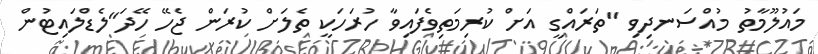
މައުލޫމާތު މުއްސަނދިވި "ތަރައްގީ އަށް ކުރިމަތިވެފައިވާ ހުރަހަކީ ތެލަށް ކުރަން ޖެހޭ ހޭދަ"ލެޑްލައިޓުން